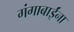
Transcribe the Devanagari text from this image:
गंगाबाईंना